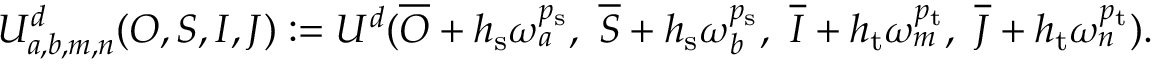
\begin{array} { r } { U _ { a , b , m , n } ^ { d } ( O , S , I , J ) : = U ^ { d } ( \overline { { O } } + h _ { \mathrm { s } } \boldsymbol { \omega } _ { a } ^ { p _ { \mathrm { s } } } , \ \overline { { S } } + h _ { \mathrm { s } } \boldsymbol { \omega } _ { b } ^ { p _ { \mathrm { s } } } , \ \overline { { I } } + h _ { \mathrm { t } } \omega _ { m } ^ { p _ { \mathrm { t } } } , \ \overline { { J } } + h _ { \mathrm { t } } \omega _ { n } ^ { p _ { \mathrm { t } } } ) . } \end{array}